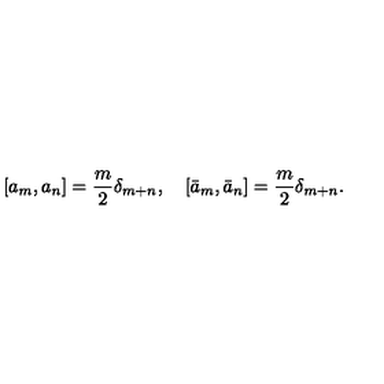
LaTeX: \left[ a _ { m } , a _ { n } \right] = { \frac { m } { 2 } } \delta _ { m + n } , \quad \left[ \bar { a } _ { m } , \bar { a } _ { n } \right] = { \frac { m } { 2 } } \delta _ { m + n } .